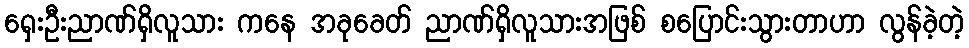
ရှေးဦးညာဏ်ရှိလူသား ကနေ အခုခေတ် ညာဏ်ရှိလူသားအဖြစ် စပြောင်းသွားတာဟာ လွန်ခဲ့တဲ့